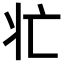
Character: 𭶿